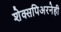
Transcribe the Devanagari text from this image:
शेक्सपिअरनेही